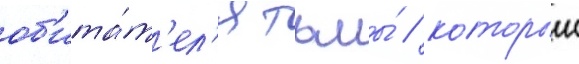
об'ита́т'ел'я тьмы́ / которыи